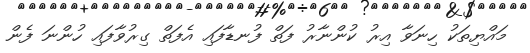
މައްޔިތަކު ހިނަވާ އިރު ކުންނާރު ފަތް ފުނޑާފައި އެފަތް ގިރުވާފައި ހުންނަ ފެން